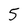
Character: 5